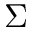
\Sigma